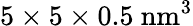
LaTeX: \mathrm{5\times 5\times 0.5\ nm^{3}}